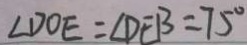
\angle D O E = \angle D E B = 7 5 ^ { \circ }